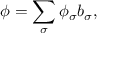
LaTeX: \phi = \sum _ { \sigma } \phi _ { \sigma } b _ { \sigma } ,